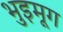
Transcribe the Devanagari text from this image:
भुइमूग